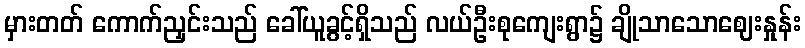
မှားတတ် ကောက်ညှင်းသည် ခေါ်ယူခွင့်ရှိသည် လယ်ဦးစုကျေးရွာ၌ ချိုသာသောဈေးနှုန်း